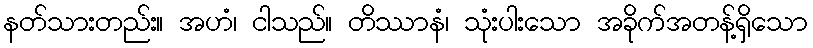
နတ်သားတည်း။ အဟံ၊ ငါသည်။ တိဿာနံ၊ သုံးပါးသော အခိုက်အတန့်ရှိသော